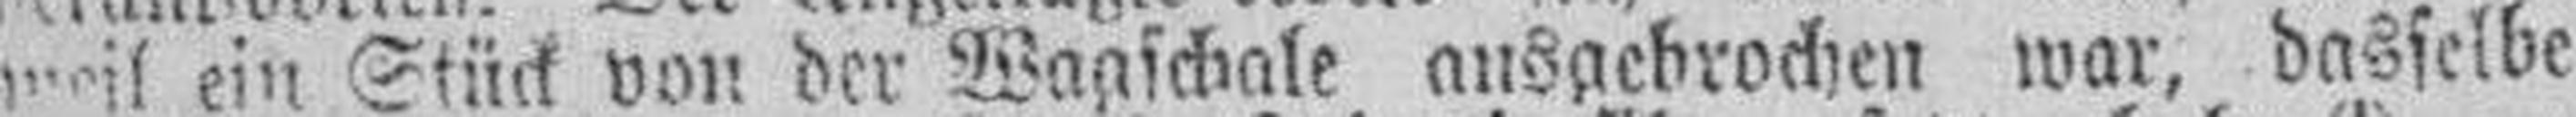
weil ein Stück von der Wagschale ausgebrochen war, dasselbe